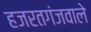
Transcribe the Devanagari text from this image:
हजरतगंजवाले